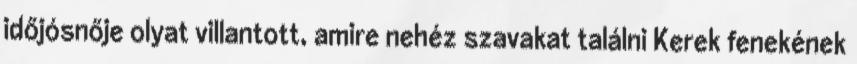
idő­jós­nője olyat vil­lan­tott, amire nehéz sza­va­kat ta­lálni Kerek fe­ne­ké­nek